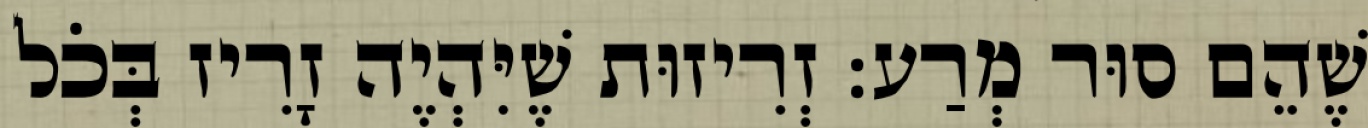
שֶׁהֵם סוּר מְרַע: זְרִיזוּת שֶׁיִּהְיֶה זָרִיז בְּכֹל